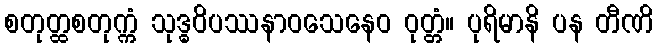
စတုတ္ထစတုက္ကံ သုဒ္ဓဝိပဿနာဝသေနေဝ ဝုတ္တံ။ ပုရိမာနိ ပန တီဏိ